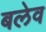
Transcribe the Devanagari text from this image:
बलेव